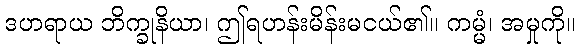
ဒဟရာယ ဘိက္ခုနိယာ၊ ဤရဟန်းမိန်းမငယ်၏။ ကမ္မံ၊ အမှုကို။